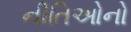
નીતિઓનો